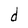
Character: d